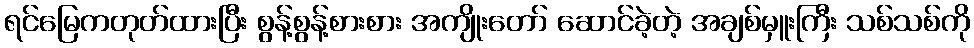
ရင်မြေကတုတ်ထားပြီး စွန့်စွန့်စားစား အကျိုးတော် ဆောင်ခဲ့တဲ့ အချစ်မှူးကြီး သစ်သစ်ကို